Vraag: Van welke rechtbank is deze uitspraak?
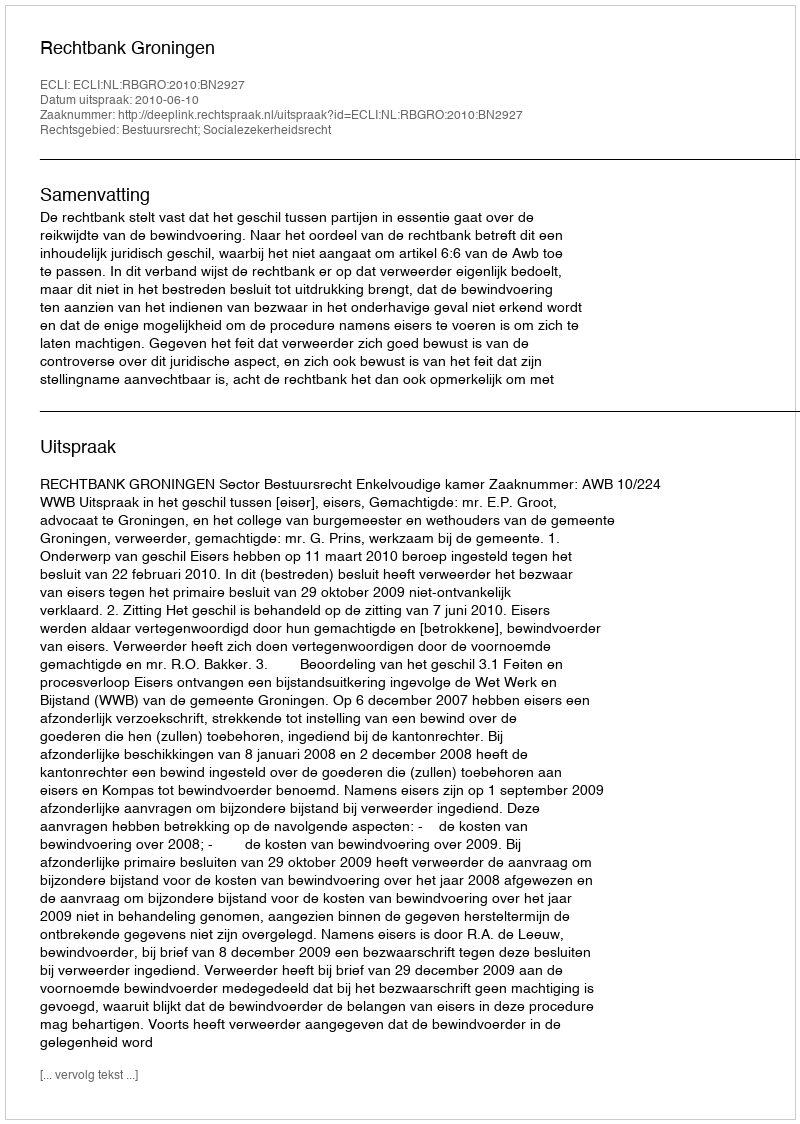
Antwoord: Rechtbank Groningen